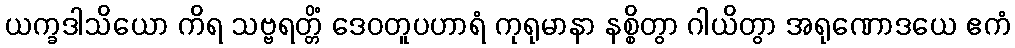
ယက္ခဒါသိယော ကိရ သဗ္ဗရတ္တိံ ဒေဝတူပဟာရံ ကုရုမာနာ နစ္စိတွာ ဂါယိတွာ အရုဏောဒယေ ဧကံ